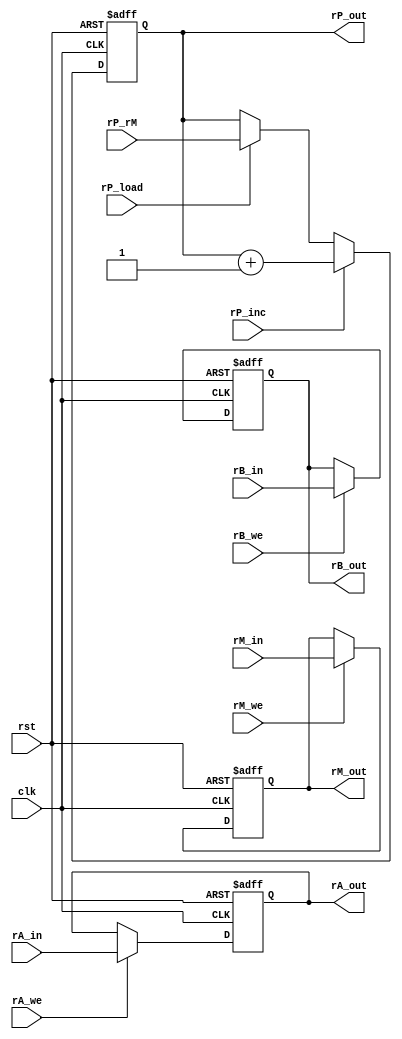
//--------------------------------------------------------------------
// Name: Omkar Girish Kamath
// Description: Contains all the CPU registers
//--------------------------------------------------------------------

module cpu_reg (
		rst,
		clk,
		rA_in,
		rA_we,
		rA_out,
		rB_in,
		rB_we,
		rB_out,
		rP_rM,
		rP_inc,
		rP_load,
		rP_out,
		rM_in,
		rM_we,
		rM_out
		);

   input wire clk;
   input wire rst;

   //input signals for rA
   input wire [7:0] rA_in;
   input wire       rA_we;

   //input signals for rB
   input wire [7:0] rB_in;
   input wire 	    rB_we;

   //input signals for rP
   input wire [7:0] rP_rM;
   input wire       rP_load; // for jumps, load value from rM
   input wire       rP_inc; // cpu signal to increment PC

   //input signals for rM
   input wire [7:0] rM_in;
   input wire       rM_we;

   //output signals for rA
   output reg [7:0] rA_out;

   //output signals for rB
   output reg [7:0] rB_out;

   //output signals for rP
   output reg [7:0] rP_out;

   //output signals for rM
   output reg [7:0] rM_out;

   //--------------------------------------------------------------------
   // rA register -> first general purpose register
   //--------------------------------------------------------------------
   always @(posedge clk or negedge rst)
     begin
	if (rst == 1'b0)
	  begin
	     rA_out <= 'b0;
	  end
	else
	  begin
	     if (rA_we)
	       begin
		  rA_out <= rA_in;
	       end
	  end
     end // always @ (posedge clk or negedge rst)

   //--------------------------------------------------------------------
   // rB register -> second general purpose register
   //--------------------------------------------------------------------
   always @(posedge clk or negedge rst)
     begin
	if (rst == 1'b0)
	  begin
	     rB_out <= 'b0;
	  end
	else
	  begin
	     begin
		if (rB_we)
		  begin
		     rB_out <= rB_in;
		  end
	     end
	  end
     end

   //--------------------------------------------------------------------
   // rP register -> program counter register
   //--------------------------------------------------------------------
   always @(posedge clk or negedge rst)
     begin
	if (rst == 1'b0)
	  begin
	     rP_out <= 'b0;
	  end
	else
	  begin
	     begin
		if (rP_inc)
		  begin
		     rP_out <= rP_out + 'b1;
		  end
		else
		  begin
		     if (rP_load)
		       begin
			  rP_out <= rP_rM;
		       end
		  end
	     end
	  end
     end

   //--------------------------------------------------------------------
   // rM register -> memory access address register
   //--------------------------------------------------------------------
   always @(posedge clk or negedge rst)
     begin
	if (rst == 1'b0)
	  begin
	     rM_out <= 'b0;
	  end
	else
	  begin
	     begin
		if (rM_we)
		  begin
		     rM_out <= rM_in;
		  end
	     end
	  end
     end

endmodule